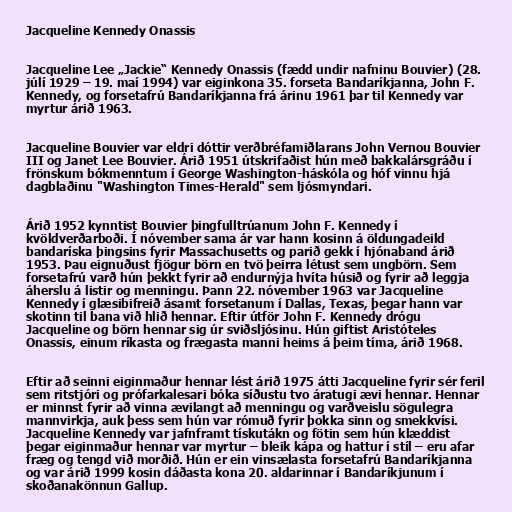
Jacqueline Kennedy Onassis

Jacqueline Lee „Jackie“ Kennedy Onassis (fædd undir nafninu Bouvier) (28.
júlí 1929 – 19. maí 1994) var eiginkona 35. forseta Bandaríkjanna, John F.
Kennedy, og forsetafrú Bandaríkjanna frá árinu 1961 þar til Kennedy var
myrtur árið 1963.

Jacqueline Bouvier var eldri dóttir verðbréfamiðlarans John Vernou Bouvier
III og Janet Lee Bouvier. Árið 1951 útskrifaðist hún með bakkalársgráðu í
frönskum bókmenntum í George Washington-háskóla og hóf vinnu hjá
dagblaðinu "Washington Times-Herald" sem ljósmyndari.

Árið 1952 kynntist Bouvier þingfulltrúanum John F. Kennedy í
kvöldverðarboði. Í nóvember sama ár var hann kosinn á öldungadeild
bandaríska þingsins fyrir Massachusetts og parið gekk í hjónaband árið
1953. Þau eignuðust fjögur börn en tvö þeirra létust sem ungbörn. Sem
forsetafrú varð hún þekkt fyrir að endurnýja hvíta húsið og fyrir að leggja
áherslu á listir og menningu. Þann 22. nóvember 1963 var Jacqueline
Kennedy í glæsibifreið ásamt forsetanum í Dallas, Texas, þegar hann var
skotinn til bana við hlið hennar. Eftir útför John F. Kennedy drógu
Jacqueline og börn hennar sig úr sviðsljósinu. Hún giftist Aristóteles
Onassis, einum ríkasta og frægasta manni heims á þeim tíma, árið 1968.

Eftir að seinni eiginmaður hennar lést árið 1975 átti Jacqueline fyrir sér feril
sem ritstjóri og prófarkalesari bóka síðustu tvo áratugi ævi hennar. Hennar
er minnst fyrir að vinna ævilangt að menningu og varðveislu sögulegra
mannvirkja, auk þess sem hún var rómuð fyrir þokka sinn og smekkvísi.
Jacqueline Kennedy var jafnframt tískutákn og fötin sem hún klæddist
þegar eiginmaður hennar var myrtur – bleik kápa og hattur í stíl – eru afar
fræg og tengd við morðið. Hún er ein vinsælasta forsetafrú Bandaríkjanna
og var árið 1999 kosin dáðasta kona 20. aldarinnar í Bandaríkjunum í
skoðanakönnun Gallup.